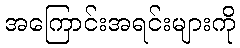
အကြောင်းအရင်းများကို